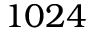
1 0 2 4